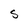
Character: S